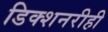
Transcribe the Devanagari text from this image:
डिक्शनरीही